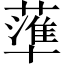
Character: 𱾫